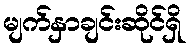
မျက်နှာချင်းဆိုင်ရှိ